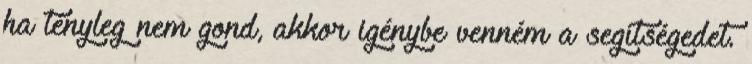
ha tényleg nem gond, akkor igénybe venném a segítségedet.